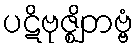
ပဋိဗုဇ္ဈိတဗ္ဗံ